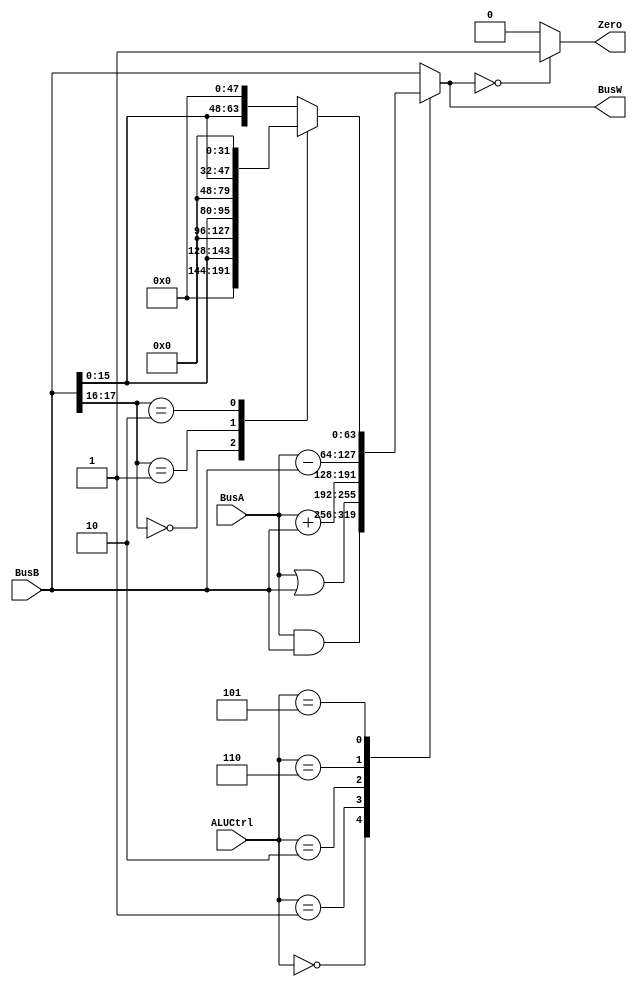
`define AND   4'b0000
`define OR    4'b0001
`define ADD   4'b0010
`define SUB   4'b0110
`define PassB 4'b0111
`define MOVZ  4'b0101


module ALU(BusW, BusA, BusB, ALUCtrl, Zero);
    
    output  [63:0] BusW;
    input   [63:0] BusA, BusB;
    input   [3:0] ALUCtrl;
    output  Zero;
    
    reg     [63:0] BusW;
    wire    [1:0] MovZOp;//adding labels for our desired bits
    wire    [15:0] MovZTemp;


    assign MovZOp = BusB[17:16];//assigning bits we need for movz operations to a new name
    assign MovZTemp = BusB[15:0];//because it's easier for debugging in gtkwave
    
    always @(ALUCtrl or BusA or BusB) begin
        case(ALUCtrl)
            `AND: begin
                BusW = BusA & BusB;
            end
            `OR: begin
		BusW = BusA | BusB;
	    end
	    `ADD: begin
		BusW = BusA + BusB;
	    end
	    `SUB: begin
		BusW = BusA - BusB;
	    end
	    `MOVZ: begin //added movz shift
		case(MovZOp)//case statement to perform different operations depending on the MovOP bits
			2'b00: BusW = {{48{1'b0}}, MovZTemp};
			2'b01: BusW = {{32{1'b0}}, MovZTemp, {16{1'b0}}};
			2'b10: BusW = {{16{1'b0}}, MovZTemp, {32{1'b0}}};
			default : BusW = {MovZTemp, {48{1'b0}}};
		endcase
	    end
	    default: begin //passb
		BusW = BusB;
	    end
        endcase
    end

    assign Zero = ((BusW == 0) ? 1'b1 : 1'b0);
endmodule